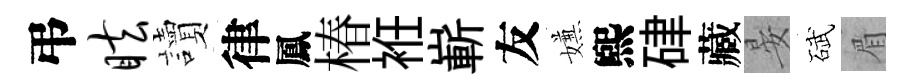
弔眩讀律鳳椿袵嶄友嫌煕硉藏晏碔眉